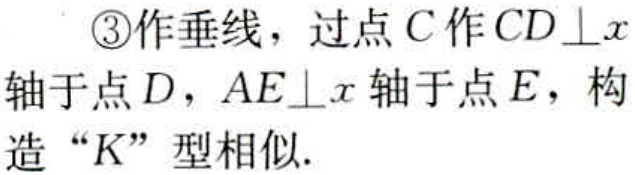
\textcircled{3}作垂线，过点\(C\)作\(CD\perp x\)轴于点\(D\)，\(AE\perp x\)轴于点\(E\)，构造“\(K\)”型相似.